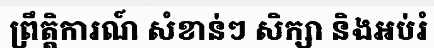
ព្រឹត្តិការណ៍ សំខាន់ៗ សិក្សា និងអប់រំ